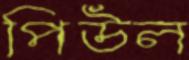
পিউল